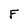
Character: F